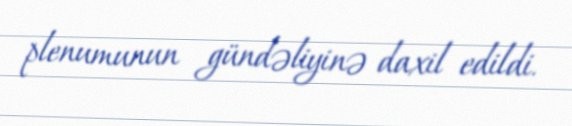
plenumunun gündəliyinə daxil edildi.